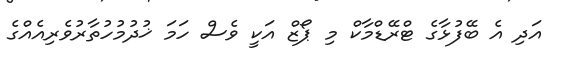
އަދި އެ ބޭފުޅާގެ ޓްރޭޑްމާކް މި ޕޯޒް އަކީ ވެސް ހަމަ ޚުދުމުހުތާރުވެރިއެއްގެ